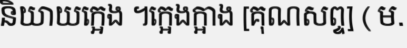
និយាយក្អេង ។ក្អេងក្អាង [គុណសព្ទ] ( ម.